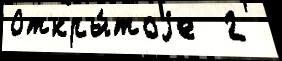
Откры́тоjе  2